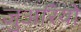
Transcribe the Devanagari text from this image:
जुअरियो